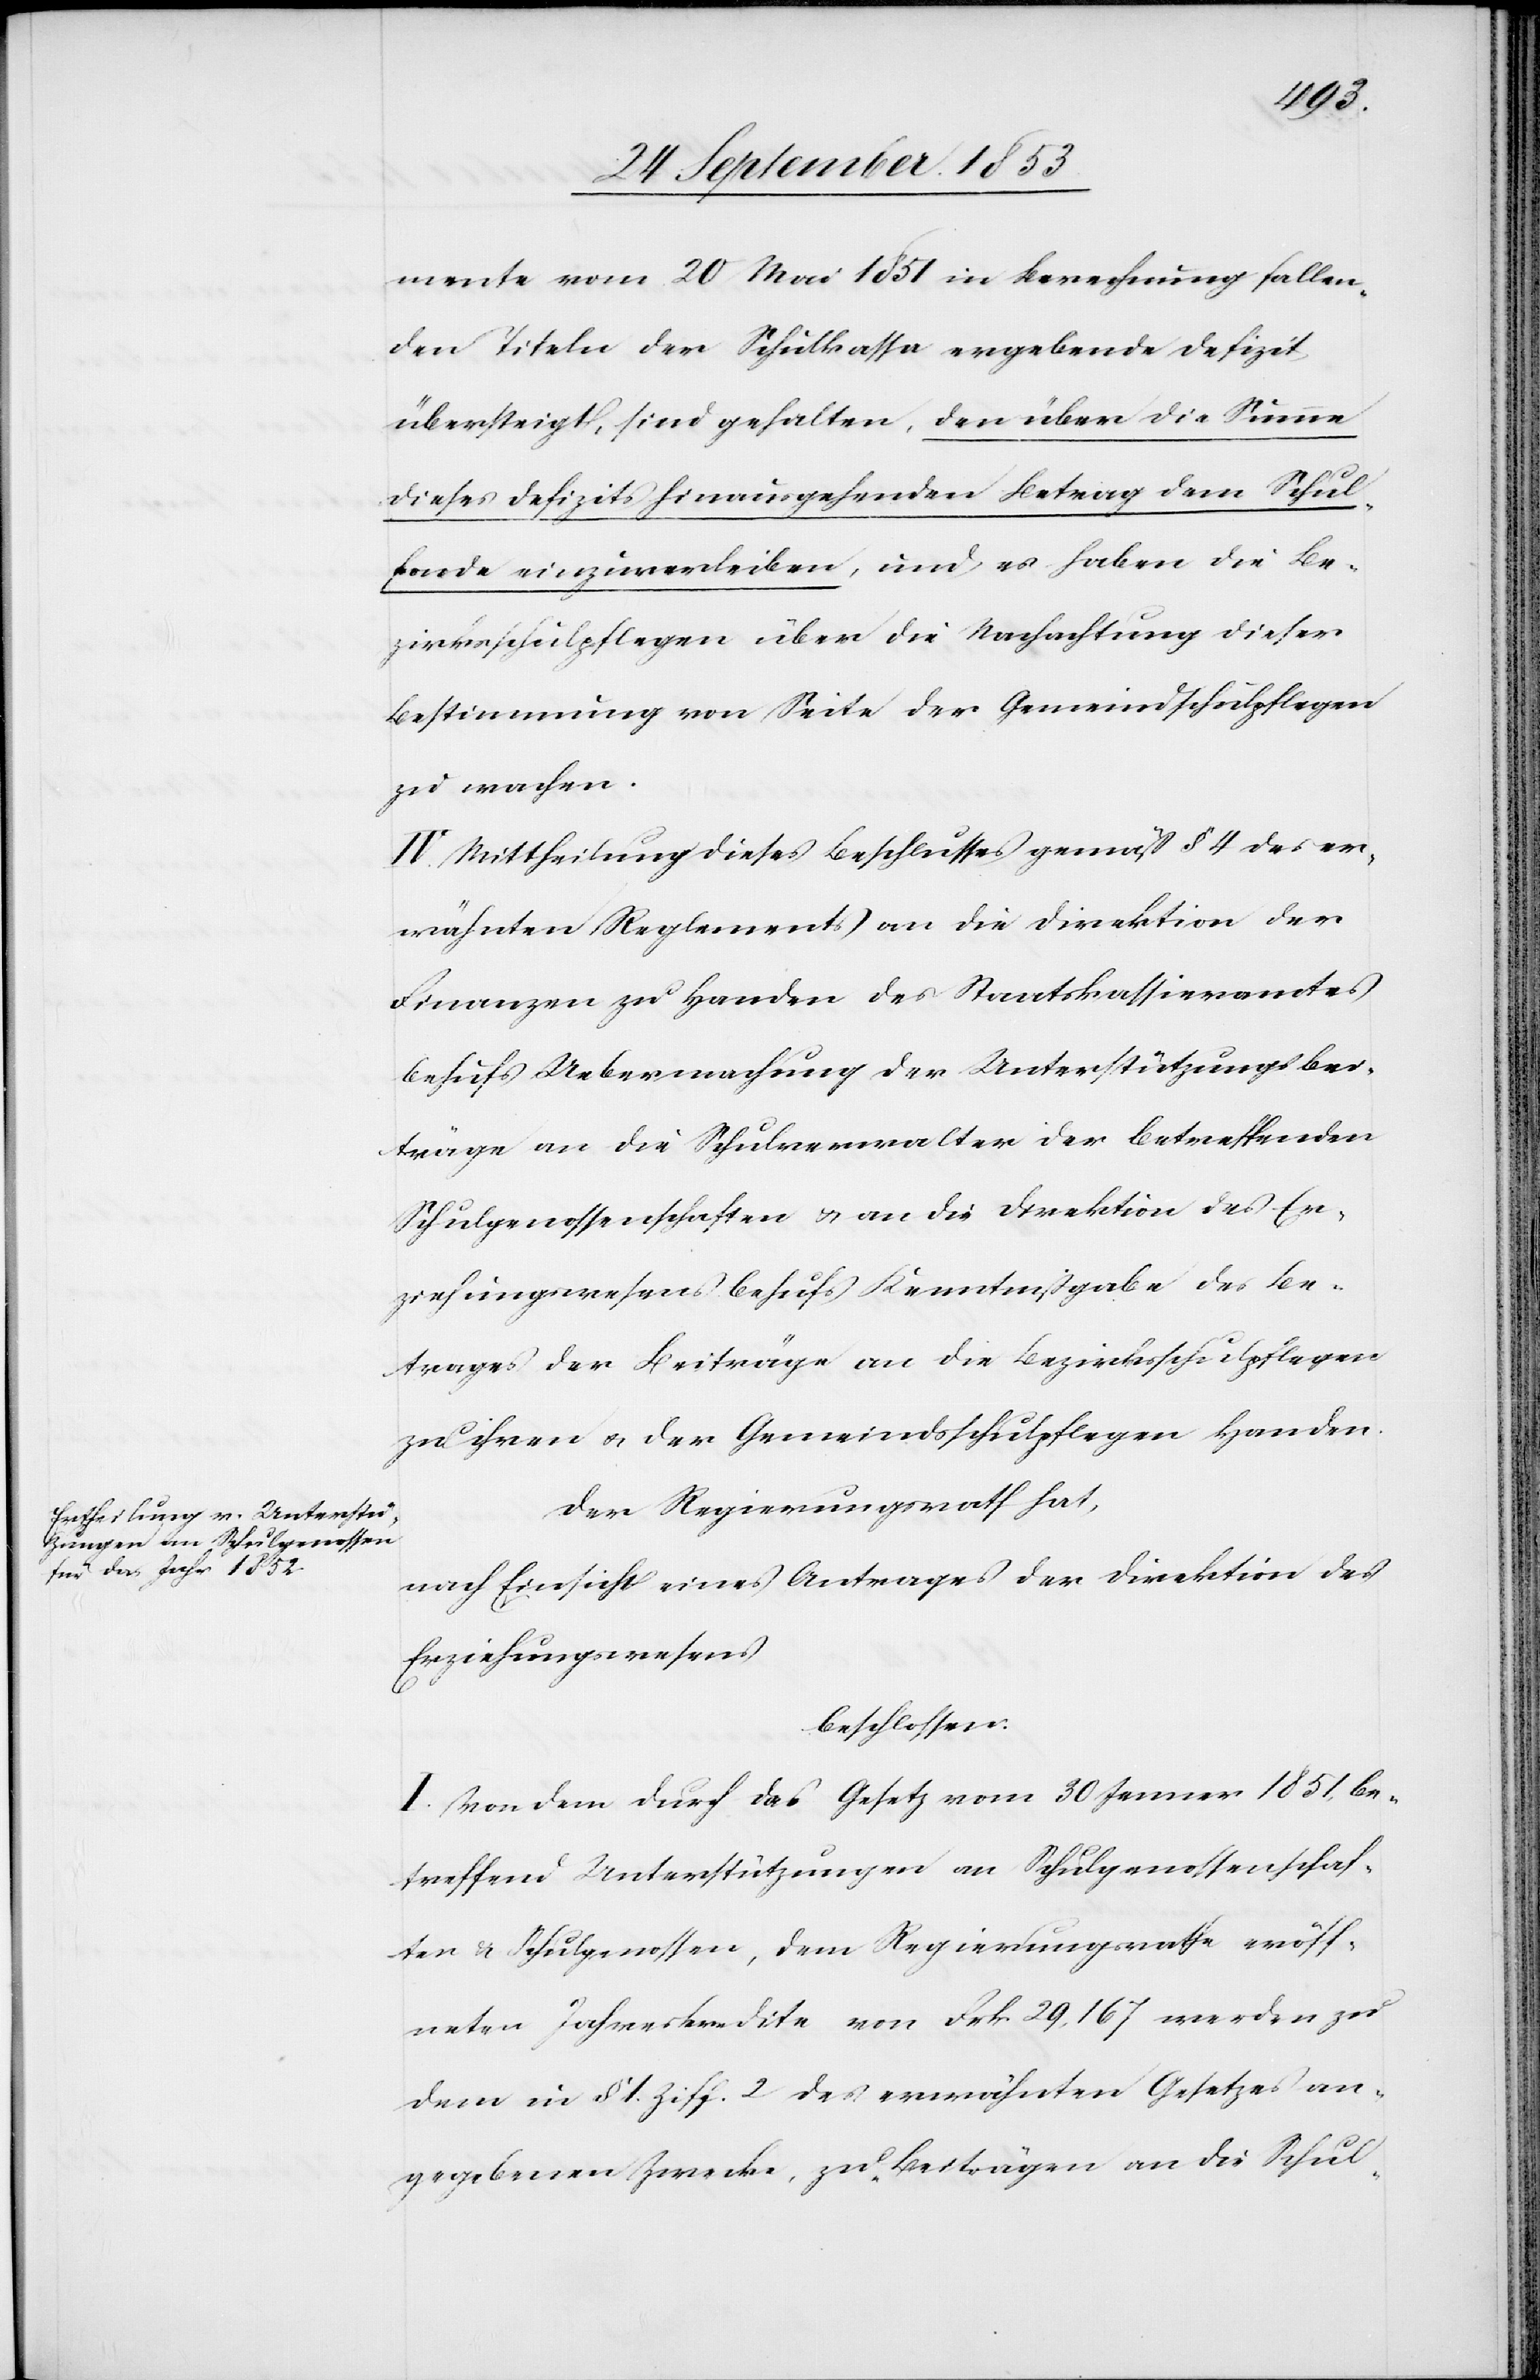
mente vom 20 Mai 1851 in Berechnung fallen¬
den Titeln der Schulkasse ergebende Defizit,
übersteigt, sind gehalten, den über die Summe
dieses Defizits hinausgehenden Betrag dem Schul¬
fonde einzuverleiben, und es haben die Be¬
zirksschulpflegen über die Verachtung dieser
Bestimmung von Seite der Gemeindsschulpflegen
zu machen.
IV. Mittheilung dieses Beschlusses gemäß § 4 des er¬
wähnten Reglements an die Direktion der
Finanzen zu Handen des Staatskassieramtes
behufs Ueberwachung der Unterstützungsbei¬
träge an die Schulverwalter der betreffenden
Schulgenossenschaften u. an die Direktion des Er¬
ziehungswesens behufs Kenntnißgabe des Be¬
trages der Beiträge an die Bezirksschulpflegen
zu ihren u. der Gemeindsschulpflegen Handen.
Der Regierungsrath hat,
nach Einsicht eines Antrages der Direktion des
Erziehungswesens
beschlossen:
I. Von dem durch das Gesetz vom 30 Jenner 1851 be¬
treffend Unterstützungen an Schulgenossenschaf¬
ten u. Schulgenossen, dem Regierungsrathe eröff¬
neten Jahreskredite von Frk. 29,167 werden zu
dem in § 1 Ziff. 2 des erwähnten Gesetzes an¬
gegebenen Zwecke, zu „Beiträgen an die Schul-